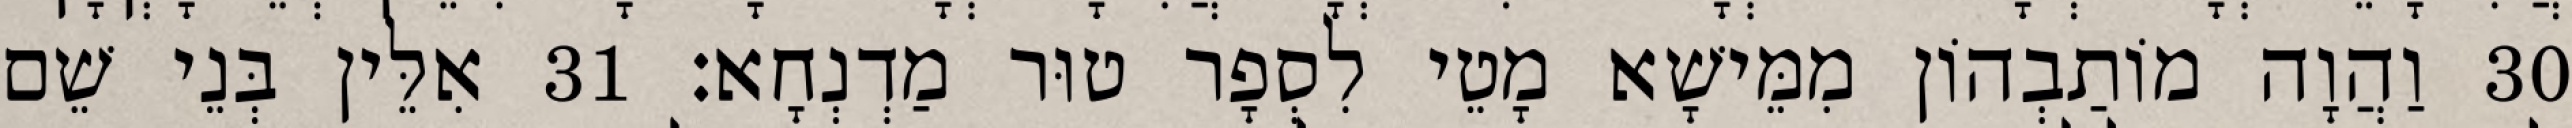
30 וַהֲוָה מוֹתַבְהוֹן מִמֵּישָׁא מָטֵי לִסְפָר טוּר מַדְנְחָא׃ 31 אִלֵּין בְּנֵי שֵׁם